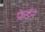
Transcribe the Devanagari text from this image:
फ्रेईने